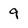
Character: 9